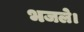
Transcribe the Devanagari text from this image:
भजले।